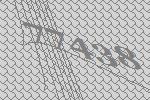
77438